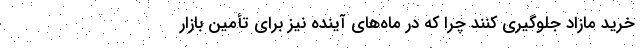
خرید مازاد جلوگیری کنند چرا که در ماه‌های آینده نیز برای تأمین بازار